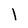
Character: l